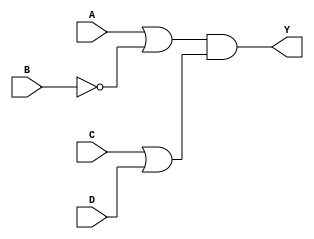
module pos_simplification (
    input wire A,  // Input A
    input wire B,  // Input B
    input wire C,  // Input C
    input wire D,  // Input D
    output wire Y  // Output Y
);

// Intermediate signals for sum terms
wire B_not;      // NOT B
wire sum_term1;  // First sum term (A + B')
wire sum_term2;  // Second sum term (C + D)

// Generate NOT B
assign B_not = ~B;

// Generate sum terms
assign sum_term1 = A | B_not;  // A + B'
assign sum_term2 = C | D;       // C + D

// Generate output Y as the product of sum terms
assign Y = sum_term1 & sum_term2; // (A + B')(C + D)

endmodule